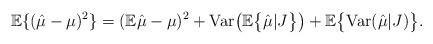
LaTeX: \begin{align*} \mathbb{E}\{ (\hat{\mu} - \mu)^2 \} = (\mathbb{E} \hat{\mu} - \mu)^2 + \mathrm{Var}\bigl( \mathbb{E} \bigl\{ \hat{\mu} | J \bigr\} \bigr) + \mathbb{E} \bigl\{ \mathrm{Var}( \hat{\mu} |J ) \bigr\}.\end{align*}